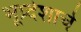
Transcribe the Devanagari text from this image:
भूप्र्देशाचे